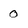
Character: 0